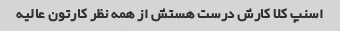
اسنپ کلا کارش درست هستش از همه نظر کارتون عالیه